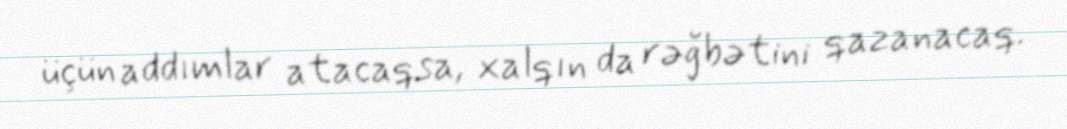
üçün addımlar atacaqsa, xalqın da rəğbətini qazanacaq.